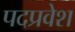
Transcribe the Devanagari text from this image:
पदप्रवेश